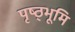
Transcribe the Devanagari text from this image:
पृष्ठ्भूमि